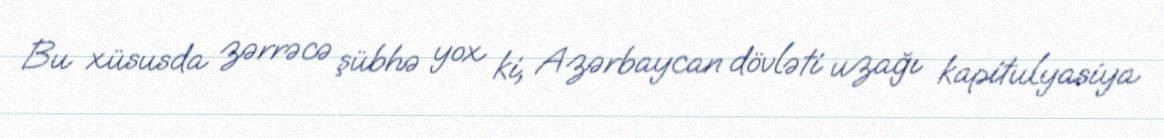
Bu xüsusda zərrəcə şübhə yox ki, Azərbaycan dövləti uzağı kapitulyasiya